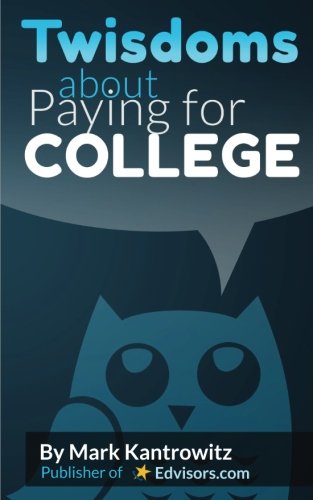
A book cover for Twisdoms about Paying for College; Mark Kantrowitz; Education & Teaching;